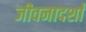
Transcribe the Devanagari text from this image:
जीवनादर्शां